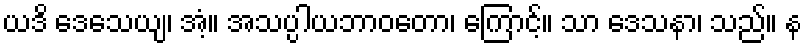
ယဒိ ဒေသေယျ၊ အံ့။ အသပ္ပါယဘာဝတော၊ ကြောင့်။ သာ ဒေသနာ၊ သည်။ န